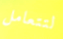
لتتعامل